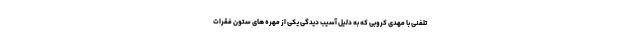
تلفنی با مهدی کروبی که به دلیل آسیب دیدگی یکی از مهره های ستون فقرات